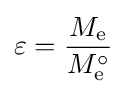
\varepsilon ={\frac {M_{\mathrm {e} }}{M_{\mathrm {e} }^{\circ }}}